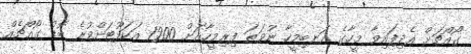
ގޯއްޗަށް އެދިފައިވާ މީހާގެ އަނބިމީހާ ނުވަތަ ފިރިމީހާއަށް 1200 އަކަފޫޓަށްވުރެ ބޮޑު ގޯއްޗެއް